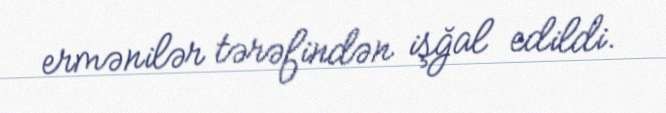
ermənilər tərəfindən işğal edildi.